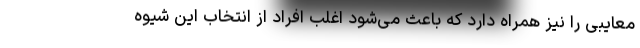
معایبی را نیز همراه دارد که باعث می‌شود اغلب افراد از انتخاب این شیوه